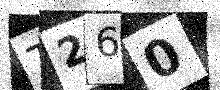
Text: T260